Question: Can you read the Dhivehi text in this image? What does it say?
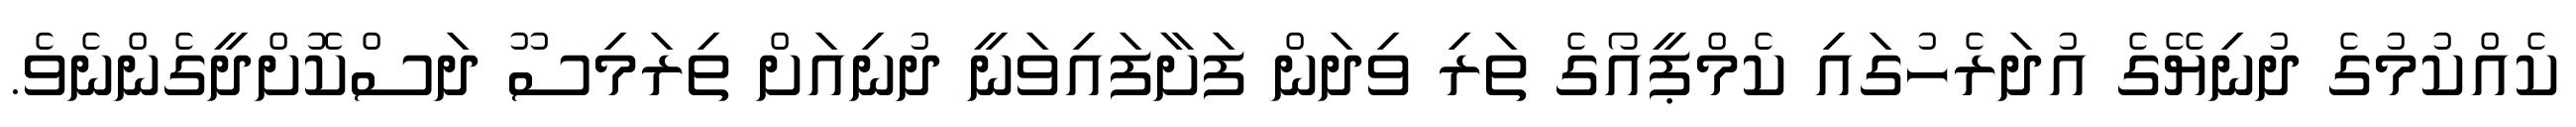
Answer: ކެއްކުމުގެ ދުނިޔޭގެ އުދަރެހުގައި ކެމްޕީއޯގެ ތަރި ވިދަން ފަށާފައިވަނީ ދުނިއަށް ތިރަމިސޫ ދަސްކޮށްދީގެންނެވެ.